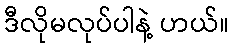
ဒီလိုမလုပ်ပါနဲ့ ဟယ်။